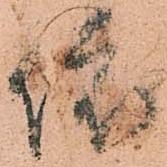
依